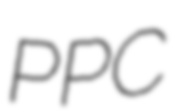
PPC